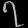
Digit: ၇